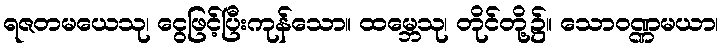
ရဇတမယေသု၊ ငွေဖြင့်ပြီးကုန်သော။ ထမ္ဘေသု၊ တိုင်တို့၌။ သောဝဏ္ဏမယာ၊